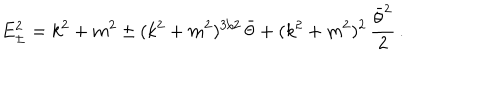
E _ { \pm } ^ { 2 } = k ^ { 2 } + m ^ { 2 } \pm ( k ^ { 2 } + m ^ { 2 } ) ^ { 3 / 2 } \, \bar { \theta } + ( k ^ { 2 } + m ^ { 2 } ) ^ { 2 } \, \frac { \bar { \theta } ^ { 2 } } { 2 } \, .